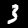
Label: 3